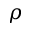
\rho